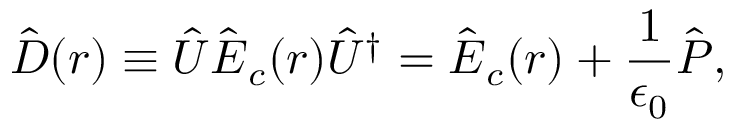
\hat { \boldsymbol D } ( \boldsymbol r ) \equiv \hat { U } \hat { \boldsymbol E } _ { c } ( \boldsymbol r ) \hat { U } ^ { \dagger } = \hat { \boldsymbol E } _ { c } ( \boldsymbol r ) + \frac { 1 } { \epsilon _ { 0 } } \hat { \boldsymbol P } ,